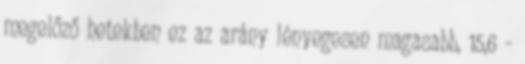
megelőző hetekben ez az arány lényegesen magasabb, 15,6 -